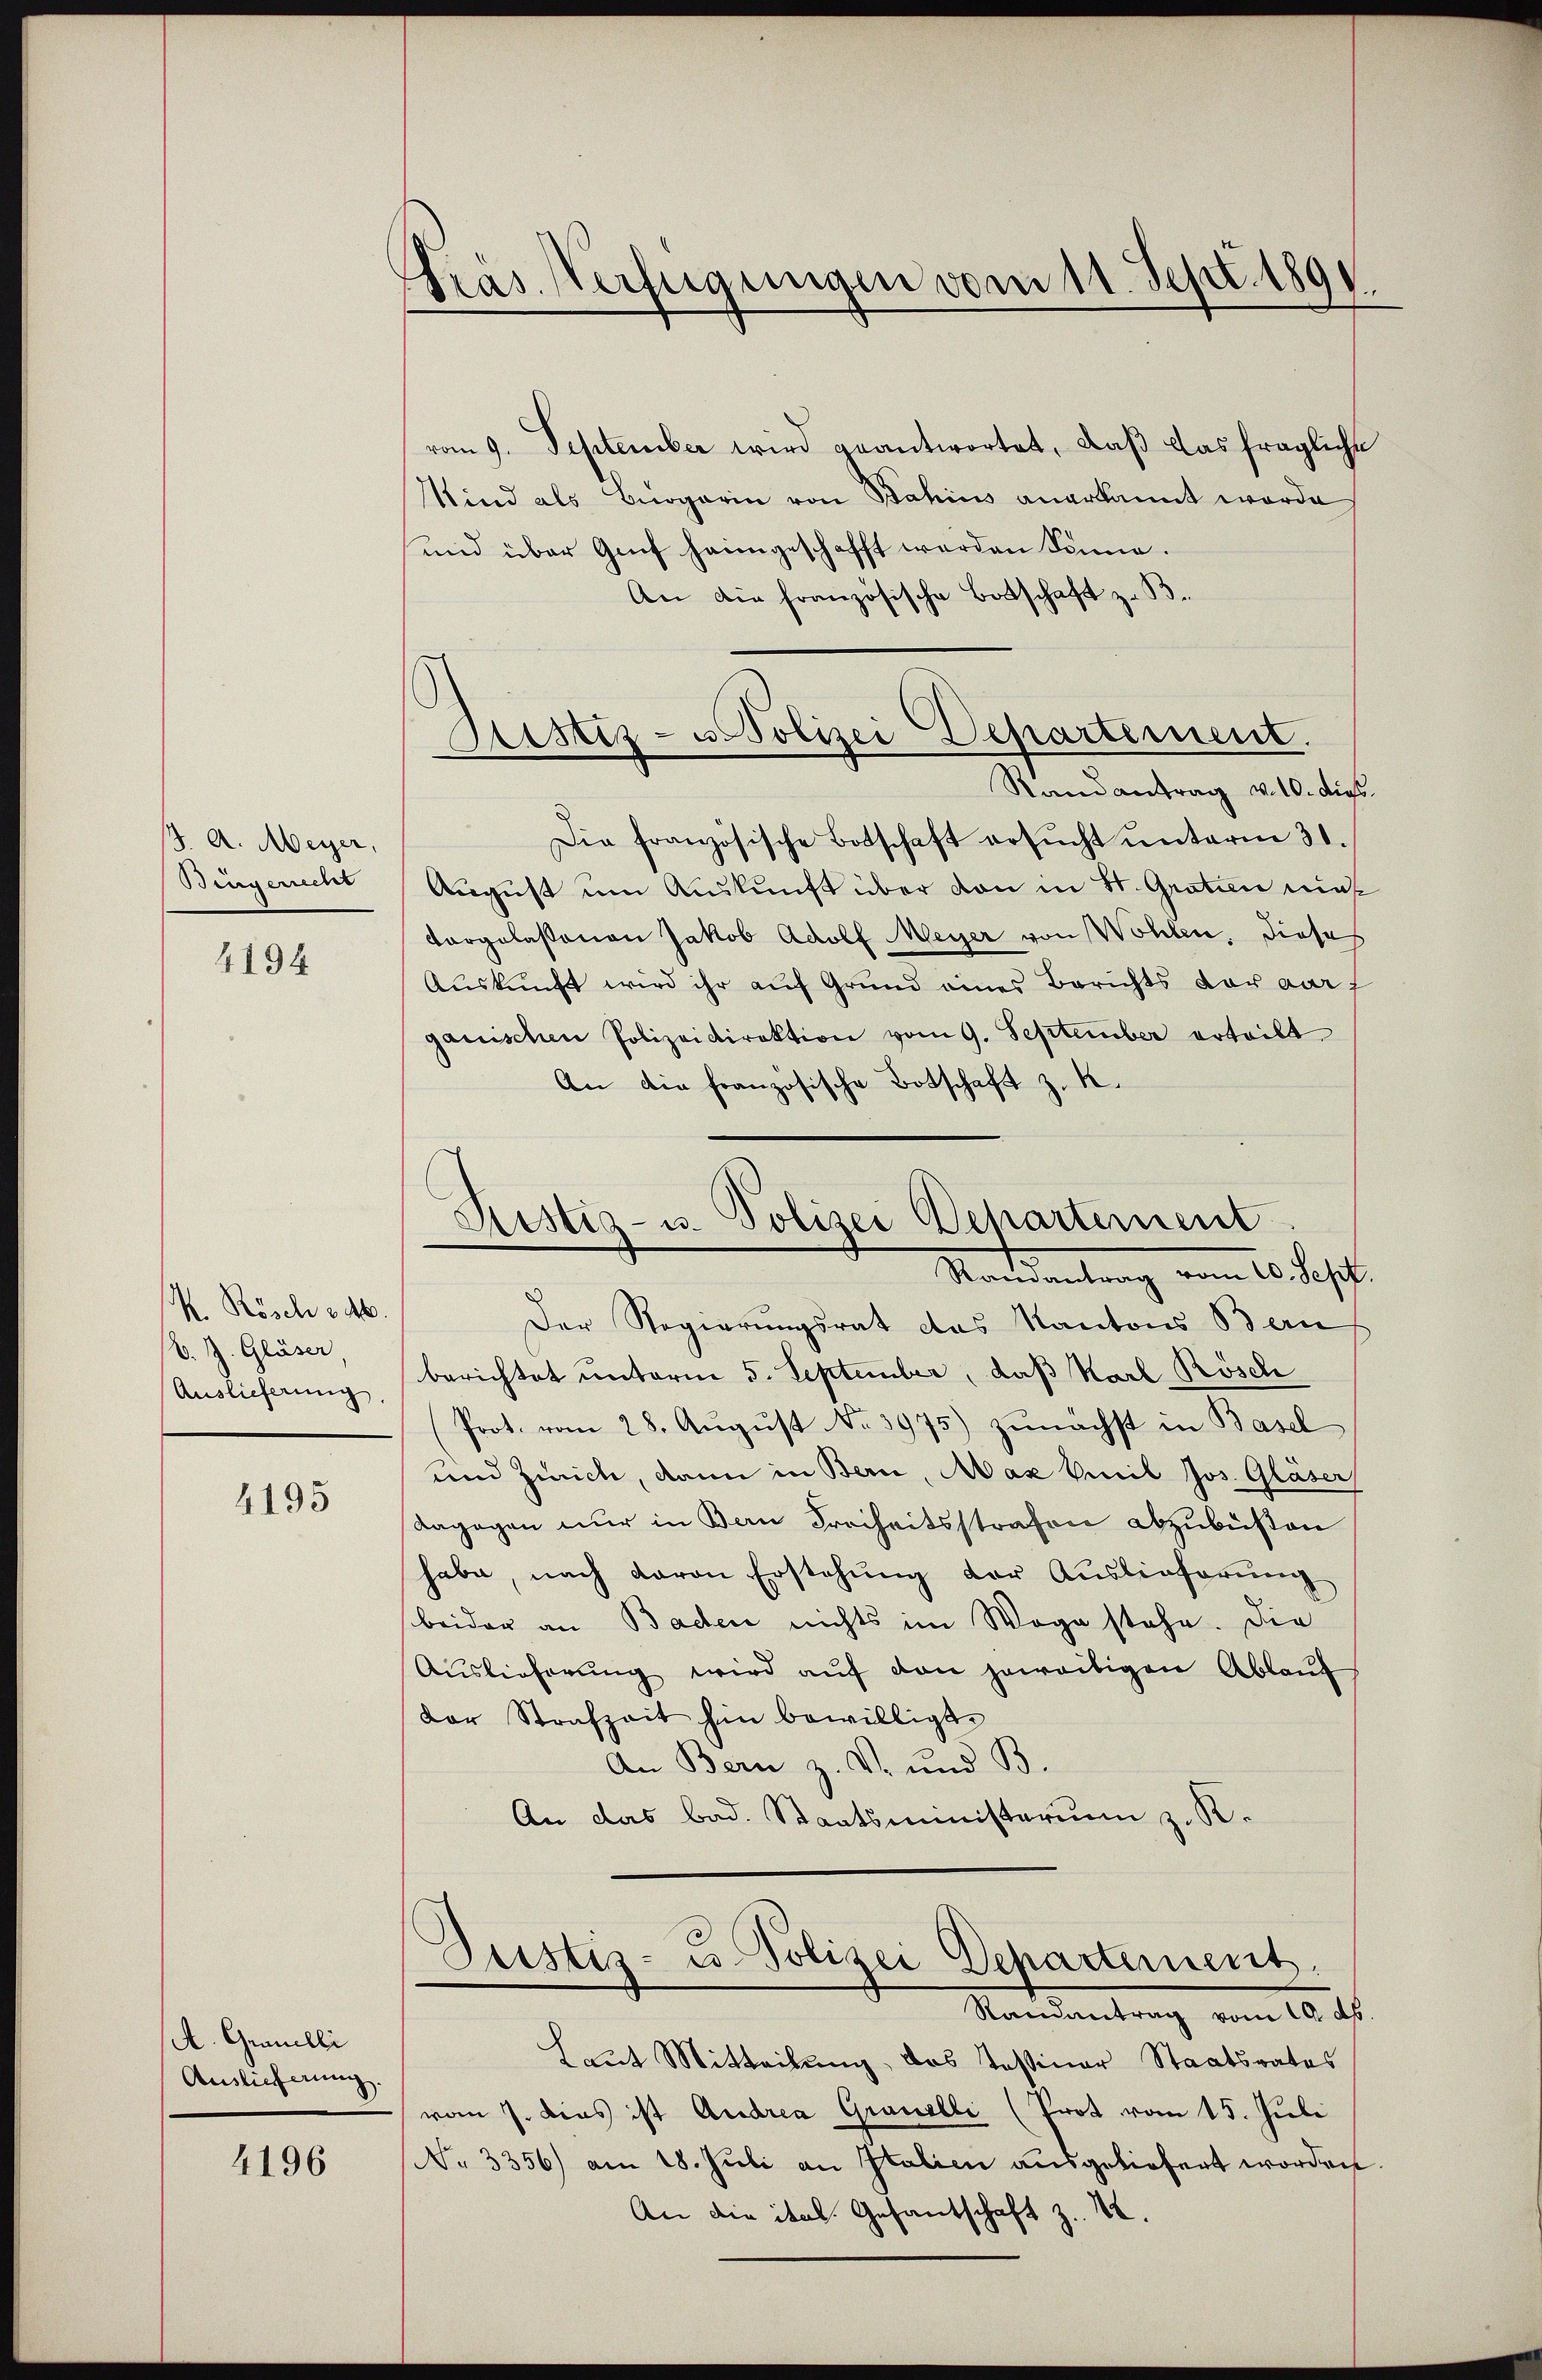
J. A. Meyer,
Bingerrecht

4194

M. Rösch 346.
V. Z. Gläser,
Auslieferung.

4195

(A. Granilli
Auslieferung.

4196

Präs. Verfügungen vom 11. Sept. 1891.

Justiz- u. Polizei Departement.
Randantrag v. 10. dies

vom 9. September wird geantwortet, daß das fragliche
Sind als Bürgerin von Bahius anerkannt worde
und über Genf heimgeschafft werden könne.
An die französische Botschaft z. B.
Die französische Botschaft ersŭcht ŭnterm 31.
August um Auskunft über von in St. Gratin nie
vorgelassenen Jakob Adolf Meyer von Wohlen, dieses
Auskunft wird ihr auf Grund eines Berichts vor darf
ganischen Polizeidirektion vom 9. September erteilt
An die französische Botschaft z. K.
Ristig- u. Polizei Departement
Ramantrag vom 10. Sept
Der Regierungsrat das Kantons Bern
berichtet unterm 5. September, daß Karl Rösch
(Prot. vom 28. Aŭgŭst No. 3975) zunächst in Basel
und Zürich, dann in Bern, Max Emil Jos. Gläser
Ragagen nur in Bern Freiheitsstrafen abzubüßen
habe, nach davon Erstehung der Auslieferung
beider an Baden nichts im Wege stehe. Die
Aŭslieferŭng wird aŭf den jeweitigen Ablaŭf
Dor Strafzeit hin bewilligt.
An Bern z. V. und B.
An das bad. Staatsministerium z. R.

Justiz- u. Polizei Departement.
Standentrag vom 10. d.

Laut Mitteilŭng, das Tessiner Staatsrates
vom 7. dies ist Andrea Granelli (Prot vom 15. Juli
No 3356) am 18. Juli an Italien ausgeliefert worden
An die ital. Gesantschaft z. B.